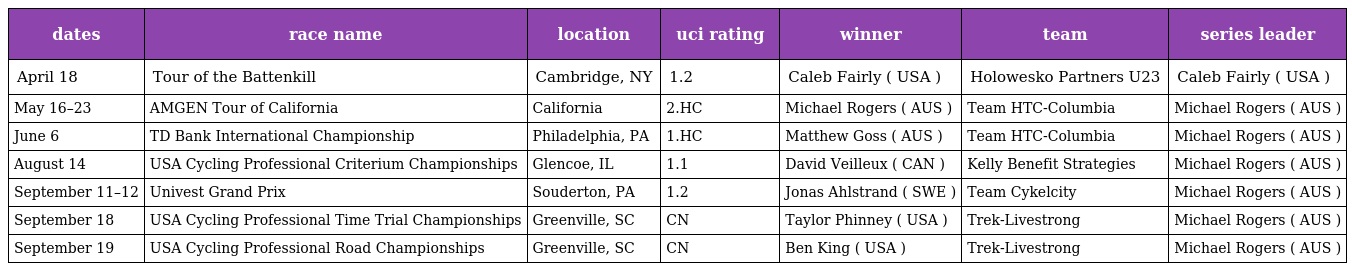
| dates | race name | location | uci rating | winner | team | series leader |
 | --- | --- | --- | --- | --- | --- | --- |
 | April 18 | Tour of the Battenkill | Cambridge, NY | 1.2 | Caleb Fairly ( USA ) | Holowesko Partners U23 | Caleb Fairly ( USA ) |
 | May 16–23 | AMGEN Tour of California | California | 2.HC | Michael Rogers ( AUS ) | Team HTC-Columbia | Michael Rogers ( AUS ) |
 | June 6 | TD Bank International Championship | Philadelphia, PA | 1.HC | Matthew Goss ( AUS ) | Team HTC-Columbia | Michael Rogers ( AUS ) |
 | August 14 | USA Cycling Professional Criterium Championships | Glencoe, IL | 1.1 | David Veilleux ( CAN ) | Kelly Benefit Strategies | Michael Rogers ( AUS ) |
 | September 11–12 | Univest Grand Prix | Souderton, PA | 1.2 | Jonas Ahlstrand ( SWE ) | Team Cykelcity | Michael Rogers ( AUS ) |
 | September 18 | USA Cycling Professional Time Trial Championships | Greenville, SC | CN | Taylor Phinney ( USA ) | Trek-Livestrong | Michael Rogers ( AUS ) |
 | September 19 | USA Cycling Professional Road Championships | Greenville, SC | CN | Ben King ( USA ) | Trek-Livestrong | Michael Rogers ( AUS ) |